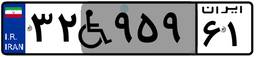
۴۴W۴۵۳۸۸